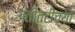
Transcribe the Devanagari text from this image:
अतीतटीच्या